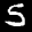
Label: 5